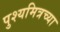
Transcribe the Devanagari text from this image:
पुश्यमित्रच्या